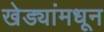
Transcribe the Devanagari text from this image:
खेड्यांमधून